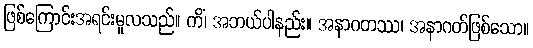
ဖြစ်ကြောင်းအရင်းမူလသည်။ ကိံ၊ အဘယ်ပါနည်း။ အနာဂတဿ၊ အနာဂတ်ဖြစ်သော။